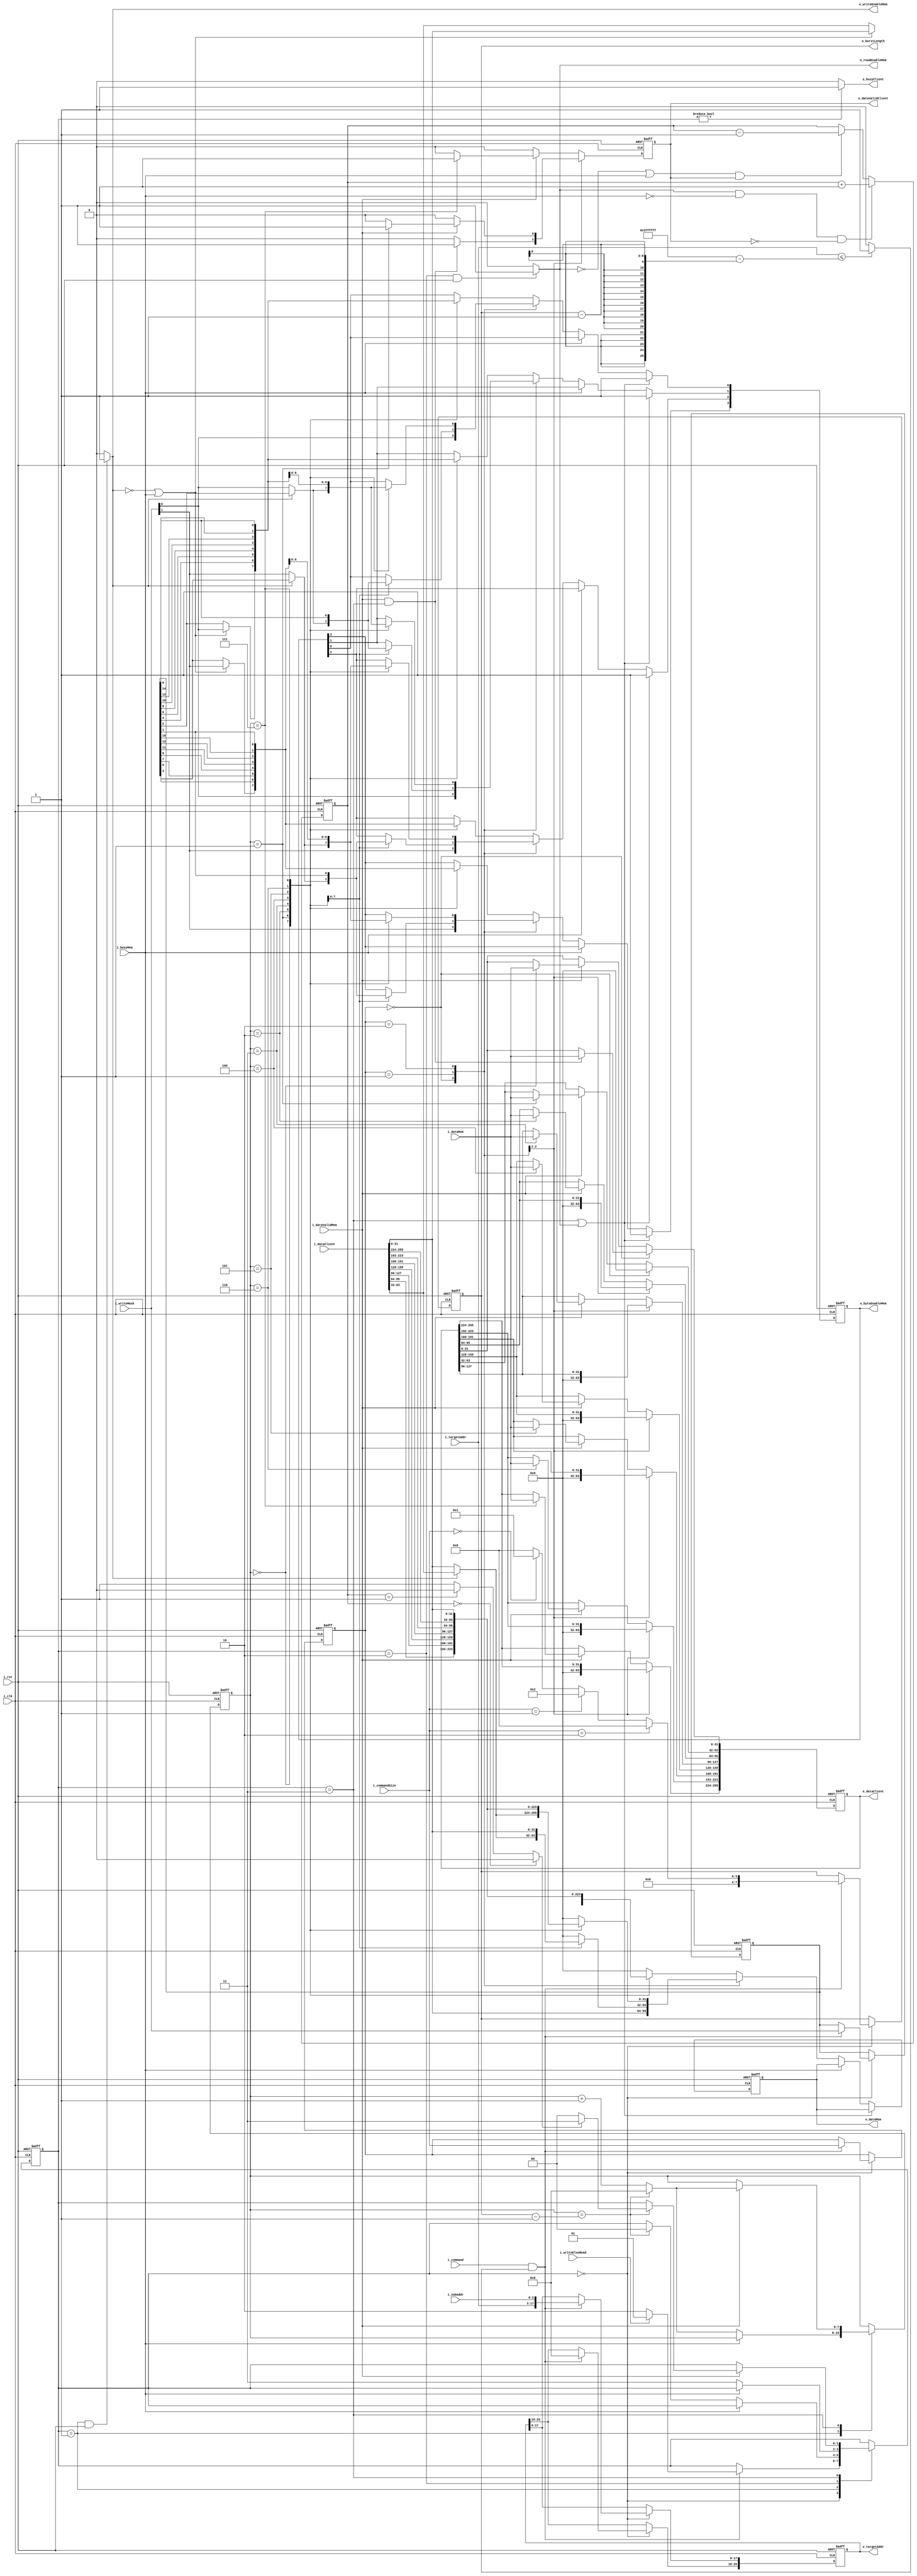
`define MAX_ADDR 26'h3ffffff
`define BIG_BURST_LENGTH 8'h08
`define QW_BURST_LENGTH 8'h02
`define WAIT_STATE 2'b00
`define WRITE_STATE 2'b01
`define READ_REQUEST_STATE 2'b10
`define READ_STATE 2'b11
`define DOUBLE_WORD 2'b00  // 32-bit mode
`define QUAD_WORD 2'b01  // 64-bit mode
`define BIG_WORD 2'b10  // 256-bit mode

module PSX_DDR_Interface(
  // Global Connections
  input i_clk,
  input i_rst,
  
  // Client (PSX) Connections
  input i_command,  // 0 = do nothing, 1 = read/write
  input i_writeElseRead,  // 0 = read, 1 = write
  input [1:0] i_commandSize,
  input [14:0] i_targetAddr,
  input [2:0] i_subAddr,
  input [15:0] i_writeMask,
  input [255:0] i_dataClient,
  output wire o_busyClient,
  output reg o_dataValidClient,
  output reg [255:0] o_dataClient,
  
  // DDR (Memory) Connections
  input i_busyMem,
  input i_dataValidMem,
  input [31:0] i_dataMem,
  output wire o_writeEnableMem,
  output wire o_readEnableMem,
  output reg [7:0] o_burstLength,
  output reg [31:0] o_dataMem,
  output reg [25:0] o_targetAddr,
  output reg [3:0] o_byteEnableMem
);

// Internal wires
wire s_targetAddrValid;
wire [7:0] s_burstLength;
wire s_readRequestPending;  // 1 == There is a read request waiting to be started by the DDR,
// 0 == There are no active requests or there is one active request but no others are waiting to be served after its fulfillment

// Internal registers
reg [1:0] rwState;
reg [7:0] burstCounter;
reg [1:0] commandSize;
reg [15:0] writeMask;
reg [7:0] readRequestCounter;

// Output port combinational assignments
assign o_writeEnableMem = (rwState == `WRITE_STATE && i_rst == 1'b1) ? 1'b1 : 1'b0;
assign o_readEnableMem = (rwState == `READ_REQUEST_STATE && i_rst == 1'b1) ? 1'b1 : 1'b0;
assign o_busyClient = (rwState != `WAIT_STATE) ? 1'b1 : 1'b0;

// Internal signal combinational assignments
assign s_readRequestPending = (readRequestCounter == 8'h00) ? 1'b0 : 
                              (readRequestCounter == 8'h01) ? 1'b0 : // If counter == 1, treat as if no request pending 
                              1'b1;
// because the currently-active request would not yet be fulfilled. counter == 0 obviously means no request pending
assign s_targetAddrValid = (i_targetAddr <= `MAX_ADDR-(o_burstLength-8'h01)) ? 1'b1 : 1'b0;
assign s_burstLength = (i_commandSize == `BIG_WORD) ? `BIG_BURST_LENGTH :  // Write 256 bits in eight 32-bit bursts
                       (i_commandSize == `QUAD_WORD) ? `QW_BURST_LENGTH :  // Write 64 bits in two 32-bit bursts
                       (i_commandSize == `DOUBLE_WORD) ? 8'h01 :  // 32-bit write, single burst
                       `BIG_BURST_LENGTH;  // Should never occur, treat as 256-bit case

// State machine logic
always @ (posedge i_clk or negedge i_rst)
begin
  if(!i_rst)
  begin
    // Reset stuff
    commandSize <= 2'b00;
    writeMask <= 16'hFFFF;
    o_targetAddr <= 26'h0;
    burstCounter <= 8'h00;
    o_burstLength <= 8'h00;
    rwState <= `WAIT_STATE;
  end
  else
  begin
    case(rwState)
      `WAIT_STATE:begin
        if (i_command & s_targetAddrValid)
          // Able to read/write
          begin
            // Capture read/write parameters so they don't change mid-read or mid-write burst
            
            // Capture bit mode (64-bit vs 256-bit)
            commandSize <= i_commandSize;
            // Capture write mask
            writeMask <= i_writeMask;
            // Capture target address
            o_targetAddr[17:0] <= {i_targetAddr, i_subAddr};  // {15 bits, 3 bits}
            o_targetAddr[25:18] <= 8'h00;
            // Capture burst length
            o_burstLength <= s_burstLength;
        
            if (i_writeElseRead)
              // Write burst to DDR
              rwState <= `WRITE_STATE;
            else
              // Read from DDR
              rwState <= `READ_REQUEST_STATE;
          end
        else
          // Delay until read/write is triggered
          rwState <= rwState;
      end  
      
      `WRITE_STATE:begin
        // Write to DDR
        
        // Check if DDR is busy
        if (!i_busyMem)
        // DDR is ready and will queue a write request this cycle
        begin
          if (burstCounter == o_burstLength-8'h01)
          // write burst complete
          begin
            burstCounter <= 8'h00;
            rwState <= `WAIT_STATE;
          end
          else
            // write burst in progress, keep writing
            burstCounter <= burstCounter + 8'h01;
        end
        else
          // DDR is busy and will not queue a write request this cycle
          burstCounter <= burstCounter;
      end
      
      `READ_REQUEST_STATE:begin
        if(!i_busyMem)
        begin
          // Read request queued this cycle, move on to read burst
          rwState <= `READ_STATE;
        end
        else
        begin
          // Read request not queued
          rwState <= rwState;
        end
      end
      
      `READ_STATE:begin
        // Read from DDR
        if (i_dataValidMem)
          // Read burst starts on this cycle
          if (burstCounter == o_burstLength-8'h01)
          // write burst complete
          begin
            burstCounter <= 8'h00;  // Reset burst counter for next request
            if (s_readRequestPending)
              // Serve the next read request
              rwState <= `READ_STATE;
            else
              // Wait for the client to request another action
              rwState <= `WAIT_STATE;
          end
          else
            // write burst in progress, keep writing
            burstCounter <= burstCounter + 8'h01;
        else
          // Delay until DDR is free
          rwState <= rwState;
      end
      
      default:begin
        rwState <= `WAIT_STATE;
      end
    endcase
  end
end

// Track the number of pending read request
always @ (posedge i_clk or negedge i_rst)
begin
  if (!i_rst)
  begin
    readRequestCounter <= 8'h0;
  end
  else
  begin
    if (o_readEnableMem == 1'b1 && i_busyMem == 1'b0 && o_dataValidClient == 1'b0)
      // A read request will be queued on this cycle, no request fulfilled
      readRequestCounter <= readRequestCounter + 8'h01;
    else if ( (o_readEnableMem == 1'b0 || i_busyMem == 1'b1) && o_dataValidClient == 1'b1)
      // A read request will be fulfilled on this cycle, no request queued
      readRequestCounter <= readRequestCounter - 8'h01;
    else
      // A request is queued and another request is fulfilled, or neither event has occurred
      readRequestCounter <= readRequestCounter;
  end
end

// Determine data read from memory
always @ (posedge i_clk or negedge i_rst)
begin
  if (!i_rst)
  begin
    // Reset
    o_dataClient <= 256'h0;
    o_dataValidClient <= 1'b0;
  end
  else
  begin
    case (commandSize)
      `DOUBLE_WORD:begin
        //32-bit mode
        
        // Set output client data
        if (i_dataValidMem && rwState == `READ_STATE)
        begin
          o_dataClient[31:0] <= i_dataMem[31:0];
          o_dataValidClient <= 1'b1;
        end
        else
        begin
          o_dataClient[31:0] <= o_dataClient[31:0];
          o_dataValidClient <= 1'b0;
        end
        
        o_dataClient[255:32] <= 224'h0;
      end
    
      `QUAD_WORD:begin
        // 64-bit mode
        
        if (i_dataValidMem)
        begin
          case (burstCounter)
            8'h00:begin
              o_dataClient[31:0] <= i_dataMem[31:0];
              o_dataClient[255:32] <= o_dataClient[255:32];
              o_dataValidClient <= 1'b0;
            end
            
            8'h01:begin
              o_dataClient[31:0] <= o_dataClient[31:0];
              o_dataClient[63:32] <= i_dataMem[31:0];
              o_dataClient[255:64] <= o_dataClient[255:64];
              o_dataValidClient <= 1'b1;
            end
            
            default:begin
              // This case should never occur
              o_dataClient <= o_dataClient;
              o_dataValidClient <= 1'b0;
            end

          endcase
        end
        else
        begin
          o_dataClient <= o_dataClient;
          o_dataValidClient <= 1'b0;
        end
      end
      
      `BIG_WORD:begin
        // 256-bit mode
      
        if (i_dataValidMem)
        begin
          case (burstCounter)
            8'h00:begin
              o_dataClient[31:0] <= i_dataMem[31:0];
              o_dataClient[255:32] <= o_dataClient[255:32];
              o_dataValidClient <= 1'b0;
            end
            
            8'h01:begin
              o_dataClient[31:0] <= o_dataClient[31:0];
              o_dataClient[63:32] <= i_dataMem[31:0];
              o_dataClient[255:64] <= o_dataClient[255:64];
              o_dataValidClient <= 1'b0;
            end
            
            8'h02:begin
              o_dataClient[63:0] <= o_dataClient[63:0];
              o_dataClient[95:64] <= i_dataMem[31:0];
              o_dataClient[255:96] <= o_dataClient[255:96];
              o_dataValidClient <= 1'b0;
            end
            
            8'h03:begin
              o_dataClient[95:0] <= o_dataClient[95:0];
              o_dataClient[127:96] <= i_dataMem[31:0];
              o_dataClient[255:128] <= o_dataClient[255:128];
              o_dataValidClient <= 1'b0;
            end
            
            8'h04:begin
              o_dataClient[127:0] <= o_dataClient[127:0];
              o_dataClient[159:128] <= i_dataMem[31:0];
              o_dataClient[255:160] <= o_dataClient[255:160];
              o_dataValidClient <= 1'b0;
            end
            
            8'h05:begin
              o_dataClient[159:0] <= o_dataClient[159:0];
              o_dataClient[191:160] <= i_dataMem[31:0];
              o_dataClient[255:192] <= o_dataClient[255:192];
              o_dataValidClient <= 1'b0;
            end
            
            8'h06:begin
              o_dataClient[191:0] <= o_dataClient[191:0];
              o_dataClient[223:192] <= i_dataMem[31:0];
              o_dataClient[255:224] <= o_dataClient[255:224];
              o_dataValidClient <= 1'b0;
            end
            
            8'h07:begin
              o_dataClient[223:0] <= o_dataClient[223:0];
              o_dataClient[255:224] <= i_dataMem[31:0];
              o_dataValidClient <= 1'b1;  // Completed read burst
            end
            
            default:begin
              // This should never occur
              o_dataClient <= o_dataClient;
              o_dataValidClient <= 1'b0;
            end
          endcase
        end
        else
        begin
          o_dataClient <= o_dataClient;
          o_dataValidClient <= 1'b0;
        end
      end
      
      default:begin
        // This case should never occur, unused
        
        // Treat as 256-bit mode
        if (i_dataValidMem)
        begin
          case (burstCounter)
            8'h00:begin
              o_dataClient[31:0] <= i_dataMem[31:0];
              o_dataClient[255:32] <= o_dataClient[255:32];
              o_dataValidClient <= 1'b0;
            end
            
            8'h01:begin
              o_dataClient[31:0] <= o_dataClient[31:0];
              o_dataClient[63:32] <= i_dataMem[31:0];
              o_dataClient[255:64] <= o_dataClient[255:64];
              o_dataValidClient <= 1'b0;
            end
            
            8'h02:begin
              o_dataClient[63:0] <= o_dataClient[63:0];
              o_dataClient[95:64] <= i_dataMem[31:0];
              o_dataClient[255:96] <= o_dataClient[255:96];
              o_dataValidClient <= 1'b0;
            end
            
            8'h03:begin
              o_dataClient[95:0] <= o_dataClient[95:0];
              o_dataClient[127:96] <= i_dataMem[31:0];
              o_dataClient[255:128] <= o_dataClient[255:128];
              o_dataValidClient <= 1'b0;
            end
            
            8'h04:begin
              o_dataClient[127:0] <= o_dataClient[127:0];
              o_dataClient[159:128] <= i_dataMem[31:0];
              o_dataClient[255:160] <= o_dataClient[255:160];
              o_dataValidClient <= 1'b0;
            end
            
            8'h05:begin
              o_dataClient[159:0] <= o_dataClient[159:0];
              o_dataClient[191:160] <= i_dataMem[31:0];
              o_dataClient[255:192] <= o_dataClient[255:192];
              o_dataValidClient <= 1'b0;
            end
            
            8'h06:begin
              o_dataClient[191:0] <= o_dataClient[191:0];
              o_dataClient[223:192] <= i_dataMem[31:0];
              o_dataClient[255:224] <= o_dataClient[255:224];
              o_dataValidClient <= 1'b0;
            end
            
            8'h07:begin
              o_dataClient[223:0] <= o_dataClient[223:0];
              o_dataClient[255:224] <= i_dataMem[31:0];
              o_dataValidClient <= 1'b1;  // Completed read burst
            end
            
            default:begin
              // This should never occur
              o_dataClient <= o_dataClient;
              o_dataValidClient <= 1'b0;
            end
          endcase
        end
        else
        begin
          o_dataClient <= o_dataClient;
          o_dataValidClient <= 1'b0;
        end
      end
    endcase
  end
end

// Determine data to write to memory
always @ (posedge i_clk or negedge i_rst)
begin
  if (!i_rst)
  begin
    // Reset
    o_byteEnableMem <= 4'hF;
    o_dataMem <= 32'h0;
  end
  else
  begin
    if (rwState == `READ_STATE || o_readEnableMem)
    begin
      o_byteEnableMem <= 4'hF;  // Intel recommends setting all byte enable bits high when reading
    end
    else
    begin
      if (!i_busyMem)
        begin
          case (commandSize)
            `DOUBLE_WORD:begin
              // 32-bit mode
            
              // Set byte enable
              o_byteEnableMem[0] <= i_writeMask[0];
              o_byteEnableMem[1] <= i_writeMask[0];
              o_byteEnableMem[2] <= i_writeMask[1];
              o_byteEnableMem[3] <= i_writeMask[1];
              
              // Set output data to write to memory
              o_dataMem[31:0] <= i_dataClient[31:0];
            end
            
            `QUAD_WORD:begin
              // 64-bit mode
              // Will write 64 bits in two 32-bit bursts
              
              case (burstCounter)
                8'h00:begin
                  if (o_writeEnableMem == 1'b0)
                  // Waiting for a write burst, store the first burst cycle's data
                  begin
                    // Prepare to write input bits 31:0
                    
                    // Set byte enable
                    o_byteEnableMem[0] <= i_writeMask[0];
                    o_byteEnableMem[1] <= i_writeMask[0];
                    o_byteEnableMem[2] <= i_writeMask[1];
                    o_byteEnableMem[3] <= i_writeMask[1];
                    
                    // Set output data to write to memory
                    o_dataMem[31:0] <= i_dataClient[31:0];
                  end
                  else
                  // Write burst begins on this cycle, store data for the 2nd cycle of the write burst
                  begin
                    // Prepare to write input bits 63:32
                    
                    // Set byte enable
                    o_byteEnableMem[0] <= writeMask[2];
                    o_byteEnableMem[1] <= writeMask[2];
                    o_byteEnableMem[2] <= writeMask[3];
                    o_byteEnableMem[3] <= writeMask[3];
                    
                    // Set output data to write to memory
                    o_dataMem[31:0] <= i_dataClient[63:32];

                  end
                end
                
                8'h01:begin
                  // End of write burst, prepare for next burst
                  
                  // Set byte enable
                    o_byteEnableMem[0] <= writeMask[0];
                    o_byteEnableMem[1] <= writeMask[0];
                    o_byteEnableMem[2] <= writeMask[1];
                    o_byteEnableMem[3] <= writeMask[1];
                    
                    // Set output data to write to memory
                    o_dataMem[31:0] <= i_dataClient[31:0];
                end
                
                default:begin
                  // This should never occur
                  o_dataMem[31:0] <= 32'h0;
                end
              endcase
            end
            
            `BIG_WORD:begin
              // 256-bit mode
              // Will write 256 bits in eight 32-bit bursts
              
              case (burstCounter)
                4'h0:begin
                  if (o_writeEnableMem == 1'b0)
                  // Waiting for a write burst, store the first burst cycle's data
                  begin
                    // Prepare to write input bits 31:0
                  
                    // Set byte enable
                    o_byteEnableMem[0] <= i_writeMask[0];
                    o_byteEnableMem[1] <= i_writeMask[0];
                    o_byteEnableMem[2] <= i_writeMask[1];
                    o_byteEnableMem[3] <= i_writeMask[1];
                
                    // Set output data to write to memory
                    o_dataMem[31:0] <= i_dataClient[31:0];
                  end
                  else
                  // Write burst begins on this cycle, store data for the 2nd cycle of the write burst
                  begin
                    // Prepare to write input bits 63:32
                    
                    // Set byte enable
                    o_byteEnableMem[0] <= writeMask[2];
                    o_byteEnableMem[1] <= writeMask[2];
                    o_byteEnableMem[2] <= writeMask[3];
                    o_byteEnableMem[3] <= writeMask[3];
                
                    // Set output data to write to memory
                    o_dataMem[31:0] <= i_dataClient[63:32];
                  end
                  
                end
              
                4'h1:begin
                  // Prepare to write input bits 95:64
                  
                  // Set byte enable
                  o_byteEnableMem[0] <= writeMask[4];
                  o_byteEnableMem[1] <= writeMask[4];
                  o_byteEnableMem[2] <= writeMask[5];
                  o_byteEnableMem[3] <= writeMask[5];
              
                  // Set output data to write to memory
                  o_dataMem[31:0] <= i_dataClient[95:64];
                end
                
                4'h2:begin
                  // Prepare to write input bits 127:96
              
                  // Set byte enable
                  o_byteEnableMem[0] <= writeMask[6];
                  o_byteEnableMem[1] <= writeMask[6];
                  o_byteEnableMem[2] <= writeMask[7];
                  o_byteEnableMem[3] <= writeMask[7];
              
                  // Set output data to write to memory
                  o_dataMem[31:0] <= i_dataClient[127:96];
                end
                
                4'h3:begin
                  // Prepare to write input bits 159:128
                  
                  // Set byte enable
                  o_byteEnableMem[0] <= writeMask[8];
                  o_byteEnableMem[1] <= writeMask[8];
                  o_byteEnableMem[2] <= writeMask[9];
                  o_byteEnableMem[3] <= writeMask[9];
              
                  // Set output data to write to memory
                  o_dataMem[31:0] <= i_dataClient[159:128];
                end
                
                4'h4:begin
                  // Prepare to write input bits 191:160
                  
                  // Set byte enable
                  o_byteEnableMem[0] <= writeMask[10];
                  o_byteEnableMem[1] <= writeMask[10];
                  o_byteEnableMem[2] <= writeMask[11];
                  o_byteEnableMem[3] <= writeMask[11];
              
                  // Set output data to write to memory
                  o_dataMem[31:0] <= i_dataClient[191:160];
                end
                
                4'h5:begin
                  // Prepare to write input bits 223:192
                  
                  // Set byte enable
                  o_byteEnableMem[0] <= writeMask[12];
                  o_byteEnableMem[1] <= writeMask[12];
                  o_byteEnableMem[2] <= writeMask[13];
                  o_byteEnableMem[3] <= writeMask[13];
              
                  // Set output data to write to memory
                  o_dataMem[31:0] <= i_dataClient[223:192];
                end
                
                4'h6:begin
                  // Prepare to write input bits 255:224
                  
                  // Set byte enable
                  o_byteEnableMem[0] <= writeMask[14];
                  o_byteEnableMem[1] <= writeMask[14];
                  o_byteEnableMem[2] <= writeMask[15];
                  o_byteEnableMem[3] <= writeMask[15];
              
                  // Set output data to write to memory
                  o_dataMem[31:0] <= i_dataClient[255:224];
                end
                
                4'h7:begin
                  // End of write burst, prepare for next burst
                
                  // Set byte enable
                  o_byteEnableMem[0] <= writeMask[0];
                  o_byteEnableMem[1] <= writeMask[0];
                  o_byteEnableMem[2] <= writeMask[1];
                  o_byteEnableMem[3] <= writeMask[1];
              
                  // Set output data to write to memory
                  o_dataMem[31:0] <= i_dataClient[31:0];
                end
                
                default:begin
                  // This case should never occur, indicates an error
                  o_dataMem[31:0] <= 32'h0;
                end
              endcase
            end
            
            default:begin
              // This case should never occur, unused
              // Treat same as 256-bit mode case
              
              case (burstCounter)
                4'h0:begin
                  if (o_writeEnableMem == 1'b0 || i_busyMem)
                  // Waiting for a write burst, store the first burst cycle's data
                  begin
                    // Prepare to write input bits 31:0
                  
                    // Set byte enable
                    o_byteEnableMem[0] <= i_writeMask[0];
                    o_byteEnableMem[1] <= i_writeMask[0];
                    o_byteEnableMem[2] <= i_writeMask[1];
                    o_byteEnableMem[3] <= i_writeMask[1];
                
                    // Set output data to write to memory
                    o_dataMem[31:0] <= i_dataClient[31:0];
                  end
                  else
                  // Write burst begins on this cycle, store data for the 2nd cycle of the write burst
                  begin
                    // Prepare to write input bits 63:32
                    
                    // Set byte enable
                    o_byteEnableMem[0] <= writeMask[2];
                    o_byteEnableMem[1] <= writeMask[2];
                    o_byteEnableMem[2] <= writeMask[3];
                    o_byteEnableMem[3] <= writeMask[3];
                
                    // Set output data to write to memory
                    o_dataMem[31:0] <= i_dataClient[63:32];
                  end
                  
                end
              
                4'h1:begin
                  // Prepare to write input bits 95:64
                  
                  // Set byte enable
                  o_byteEnableMem[0] <= writeMask[4];
                  o_byteEnableMem[1] <= writeMask[4];
                  o_byteEnableMem[2] <= writeMask[5];
                  o_byteEnableMem[3] <= writeMask[5];
              
                  // Set output data to write to memory
                  o_dataMem[31:0] <= i_dataClient[95:64];
                end
                
                4'h2:begin
                  // Prepare to write input bits 127:96
              
                  // Set byte enable
                  o_byteEnableMem[0] <= writeMask[6];
                  o_byteEnableMem[1] <= writeMask[6];
                  o_byteEnableMem[2] <= writeMask[7];
                  o_byteEnableMem[3] <= writeMask[7];
              
                  // Set output data to write to memory
                  o_dataMem[31:0] <= i_dataClient[127:96];
                end
                
                4'h3:begin
                  // Prepare to write input bits 159:128
                  
                  // Set byte enable
                  o_byteEnableMem[0] <= writeMask[8];
                  o_byteEnableMem[1] <= writeMask[8];
                  o_byteEnableMem[2] <= writeMask[9];
                  o_byteEnableMem[3] <= writeMask[9];
              
                  // Set output data to write to memory
                  o_dataMem[31:0] <= i_dataClient[159:128];
                end
                
                4'h4:begin
                  // Prepare to write input bits 191:160
                  
                  // Set byte enable
                  o_byteEnableMem[0] <= writeMask[10];
                  o_byteEnableMem[1] <= writeMask[10];
                  o_byteEnableMem[2] <= writeMask[11];
                  o_byteEnableMem[3] <= writeMask[11];
              
                  // Set output data to write to memory
                  o_dataMem[31:0] <= i_dataClient[191:160];
                end
                
                4'h5:begin
                  // Prepare to write input bits 223:192
                  
                  // Set byte enable
                  o_byteEnableMem[0] <= writeMask[12];
                  o_byteEnableMem[1] <= writeMask[12];
                  o_byteEnableMem[2] <= writeMask[13];
                  o_byteEnableMem[3] <= writeMask[13];
              
                  // Set output data to write to memory
                  o_dataMem[31:0] <= i_dataClient[223:192];
                end
                
                4'h6:begin
                  // Prepare to write input bits 255:224
                  
                  // Set byte enable
                  o_byteEnableMem[0] <= writeMask[14];
                  o_byteEnableMem[1] <= writeMask[14];
                  o_byteEnableMem[2] <= writeMask[15];
                  o_byteEnableMem[3] <= writeMask[15];
              
                  // Set output data to write to memory
                  o_dataMem[31:0] <= i_dataClient[255:224];
                end
                
                4'h7:begin
                  // End of write burst, prepare for next burst
                
                  // Set byte enable
                  o_byteEnableMem[0] <= writeMask[0];
                  o_byteEnableMem[1] <= writeMask[0];
                  o_byteEnableMem[2] <= writeMask[1];
                  o_byteEnableMem[3] <= writeMask[1];
              
                  // Set output data to write to memory
                  o_dataMem[31:0] <= i_dataClient[31:0];
                end
                
                default:begin
                  // This case should never occur, indicates an error
                  o_dataMem[31:0] <= 32'h0;
                end
              endcase
            end
          endcase
        end
        else
        begin
          o_byteEnableMem[3:0] <= o_byteEnableMem[3:0];
          o_dataMem[31:0] <= o_dataMem[31:0];
        end
    end
  end
end

endmodule